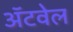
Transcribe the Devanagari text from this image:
अॅटवेल